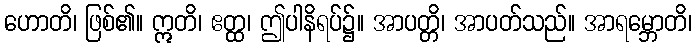
ဟောတိ၊ ဖြစ်၏။ ဣတိ၊ ဧတ္ထ၊ ဤပါနိရပ်၌။ အာပတ္တိ၊ အာပတ်သည်။ အာရမ္ဘောတိ၊